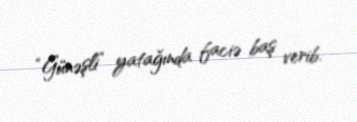
“Günəşli” yatağında faciə baş verib.